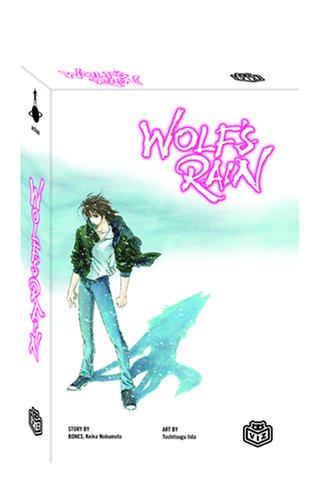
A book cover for Wolf's Rain; Keiko Nobumoto; Comics & Graphic Novels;